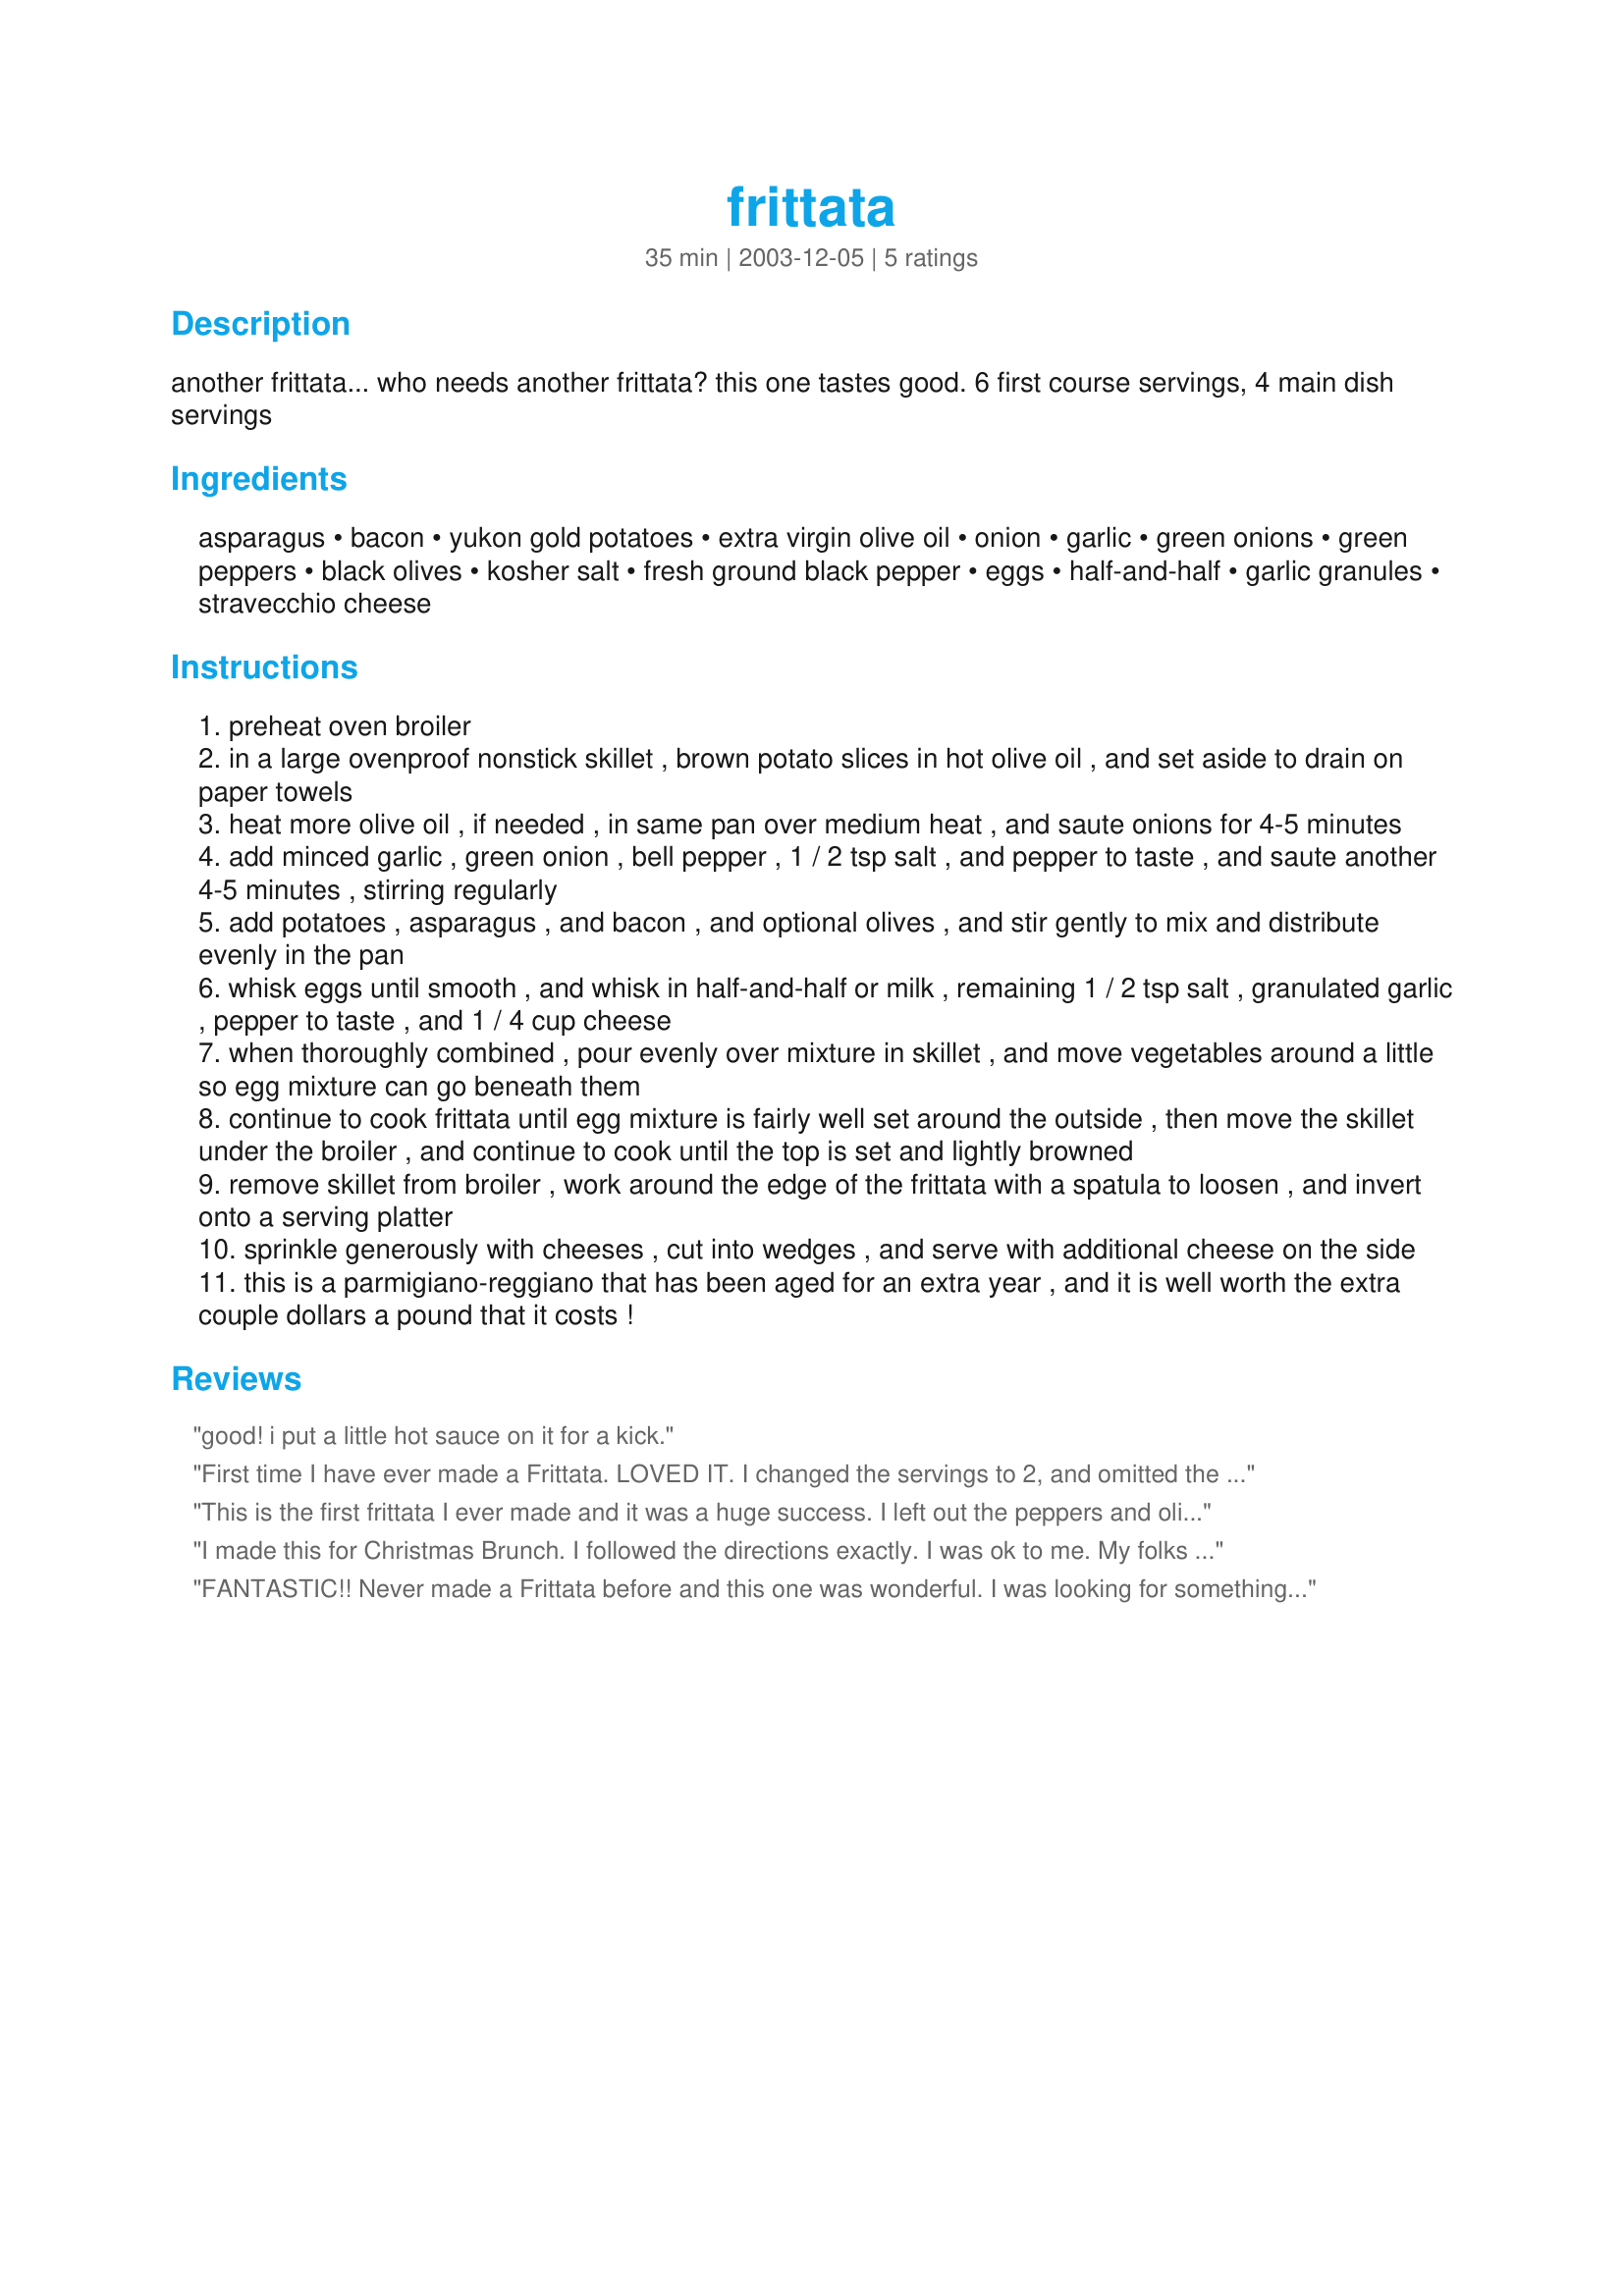
frittata
Preparation time: 35 minutes

another frittata... who needs another frittata? this one tastes good. 6 first course servings, 4 main dish servings

Ingredients:
asparagus, bacon, yukon gold potatoes, extra virgin olive oil, onion, garlic, green onions, green peppers, black olives, kosher salt, fresh ground black pepper, eggs, half-and-half, garlic granules, stravecchio cheese

Steps:
preheat oven broiler
in a large ovenproof nonstick skillet , brown potato slices in hot olive oil , and set aside to drain on paper towels
heat more olive oil , if needed , in same pan over medium heat , and saute onions for 4-5 minutes
add minced garlic , green onion , bell pepper , 1 / 2 tsp salt , and pepper to taste , and saute another 4-5 minutes , stirring regularly
add potatoes , asparagus , and bacon , and optional olives , and stir gently to mix and distribute evenly in the pan
whisk eggs until smooth , and whisk in half-and-half or milk , remaining 1 / 2 tsp salt , granulated garlic , pepper to taste , and 1 / 4 cup cheese
when thoroughly combined , pour evenly over mixture in skillet , and move vegetables around a little so egg mixture can go beneath them
continue to cook frittata until egg mixture is fairly well set around the outside , then move the skillet under the broiler , and continue to cook until the top is set and lightly browned
remove skillet from broiler , work around the edge of the frittata with a spatula to loosen , and invert onto a serving platter
sprinkle generously with cheeses , cut into wedges , and serve with additional cheese on the side
this is a parmigiano-reggiano that has been aged for an extra year , and it is well worth the extra couple dollars a pound that it costs !

Reviews:
good! i put a little hot sauce on it for a kick.
First time I have ever made a Frittata. LOVED IT. I changed the servings to 2, and omitted the green peppers, and olives. Subbed the 1/2 and 1/2 for evap. milk for calories. Left everything else the same. 
Toby, you made this sound so easy, and it really was a great brunch this morning. Usually hubby's weekend breakfast consists of eggs, toast. But today, he loved the surprise. The yukon potatoes and asparagus really made it extra nice.
Thanks for sharing the recipe.
This is the first frittata I ever made and it was a huge success. I left out the peppers and olives and used a small onion instead of the green onion. I also used one potato instead of the amount specified. I just realized I was supposed to invert the finished frittata and then sprinkle it with cheese. Well, I just sprinkled it with cheese in the pan and served it from there. Don't know if it made a difference. The other night I told my husband that since we liked this frittata so much I would try other frittata recipes. He said, "No, just keep making this one." Very good, even left over and cold.
I made this for Christmas Brunch. I followed the directions exactly. I was ok to me. My folks liked it but we all thought the asparagus be came over cooked. It might be better to cut it a little smaller and toss it in raw. It might be better with frozen shredded hash browns. Any thanks for the recipe.
FANTASTIC!! Never made a Frittata before and this one was wonderful. I was looking for something that would be good cold as well warm (for those quick out the door mornings) and previous reviews stated that this one was indeed good both ways. Tons of veggies and great all around start to your day =)
